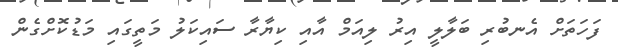
ފަހަތަށް އެނބުރި ބަލާލީ އިރު ލިއަމް އާއި ކިޔާރާ ސައިކަލު މަތީގައި މަޑުކޮށްގެން